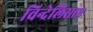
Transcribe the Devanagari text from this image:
विन्देलिसाए